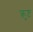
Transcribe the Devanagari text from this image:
क्रुष्ट